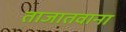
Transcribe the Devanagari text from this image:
ताजातवाना